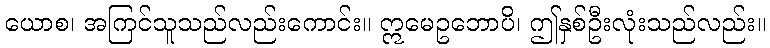
ယောစ၊ အကြင်သူသည်လည်းကောင်း။ ဣမေဥဘောပိ၊ ဤနှစ်ဦးလုံးသည်လည်း။